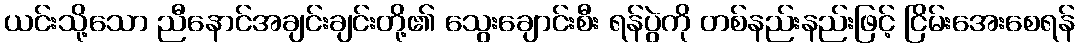
ယင်းသို့သော ညီနောင်အချင်းချင်းတို့၏ သွေးချောင်းစီး ရန်ပွဲကို တစ်နည်းနည်းဖြင့် ငြိမ်းအေးစေရန်